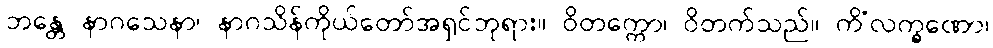
ဘန္တေ နာဂသေနာ၊ နာဂသိန်ကိုယ်တော်အရှင်ဘုရား။ ဝိတက္ကော၊ ဝိတက်သည်။ ကိံလက္ခဏော၊